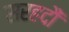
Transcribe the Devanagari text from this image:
सरहदौं